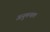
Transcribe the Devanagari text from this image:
अनुमन्डल